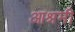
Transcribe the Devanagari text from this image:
आश्रमी